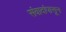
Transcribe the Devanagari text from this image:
संवादांपासून